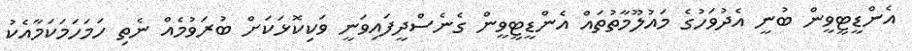
އެންޑީޓީވީން ބުނީ އެދުވަހުގެ މައުލޫމާތުތައް އެންޑީޓީވީން ގެނެސްދީފައިވަނީ ވަކިކޮޅަކަށް ބުރަވުމެއް ނެތި ހަމަހަމަކަމާއެކު